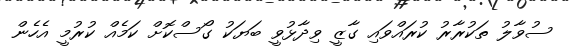
ސުވާލު ތަކުރާރު ކުރައްވައި ގާޒީ ވިދާޅުވީ ބަޔަކު ގޯސްކޮށް ކަމެއް ކުރުމީ އެހެން